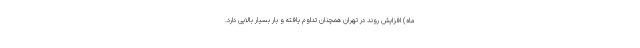
ماه) افزایش روند در تهران همچنان تداوم یافته و بار بسیار بالایی دارد.